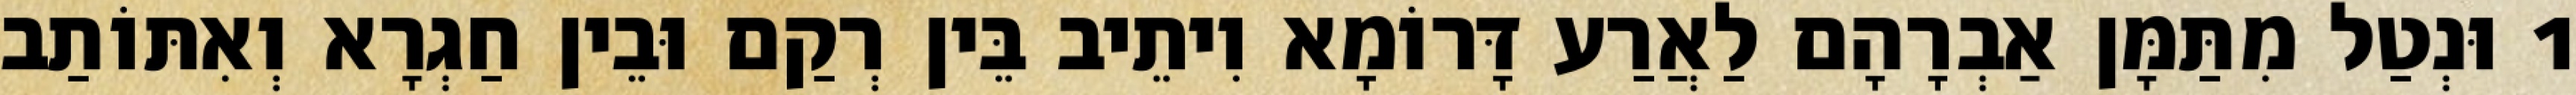
1 וּנְטַל מִתַּמָּן אַבְרָהָם לַאֲרַע דָּרוֹמָא וִיתֵיב בֵּין רְקַם וּבֵין חַגְרָא וְאִתּוֹתַב